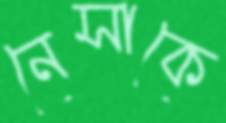
নেসাকে